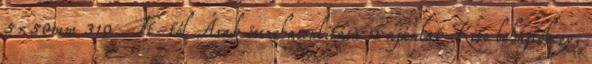
5×50mm 310 Ft-tól Árak összehasonlítása 2 ajánlat Kito behajtóhegy,